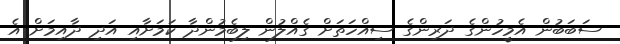
ސަބަބުން އެމީހުންގެ ދަރިންގެ ސިއްހަތަށް ގެއްލުން ލިބެމުންދާ ކަމަށާއި އަދި ދާއިމަށް އެ